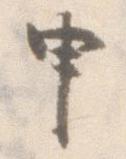
申